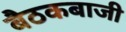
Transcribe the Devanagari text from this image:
बैठकबाजी